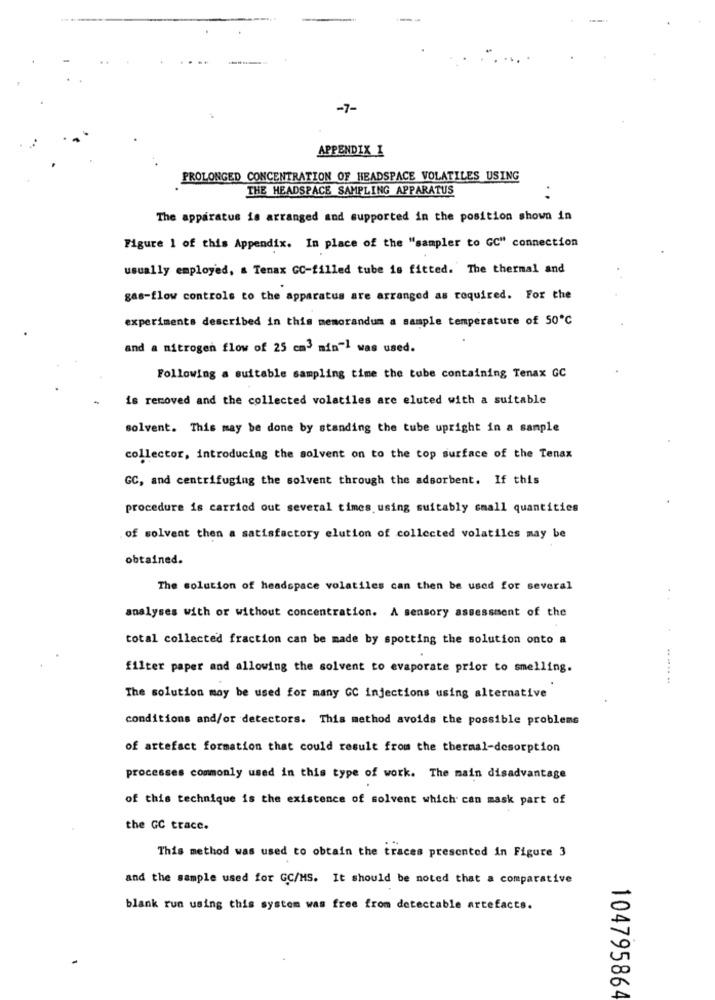
-7-
APPENDIX I
PROLONGED CONCENTRATION OF HEADSPACE VOLATILES USING
THE HEADSPACE SAMPLING APPARATUS
The apparatus is arranged and supported in the position shown in
Figure 1 of this Appendix. In place of the "sampler to GC" connection
usually employed, a Tenax GC-filled tube is fitted. The thermal and
gas-flow controls to the apparatus are arranged as required. For the
experiments described in this memorandum a sample temperature of 50℃
and a nitrogen flow of 25 cm3 min-1 was used.
Following a suitable sampling time the tube containing Tenax GC
is removed and the collected volatiles are eluted with a suitable
solvent. This may be done by standing the tube upright in a sample
collector, introducing the solvent on to the top surface of the Tenax
GC, and centrifuging the solvent through the adsorbent. If this
procedure is carried out several times using suitably small quantities
. of solvent then a satisfactory elution of collected volatiles may be
obtained.
The solution of headspace volatiles can then be used for several
analyses with or without concentration. A sensory assessment of the
total collected fraction can be made by spotting the solution onto a
filter paper and allowing the solvent to evaporate prior to smelling.
The solution may be used for many GC injections using alternative
conditions and/or detectors. This method avoids the possible problems
of artefact formation that could result from the thermal-desorption
processes commonly used in this type of work. The main disadvantage
of this technique is the existence of solvent which can mask part of
the GC trace.
This method was used to obtain the traces presented in Figure 3
and the sample used for GC/MS. It should be noted that a comparative
blank run using this system was free from detectable artefacts.
104795864